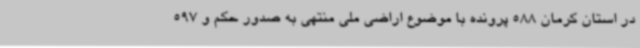
در استان کرمان 588 پرونده با موضوع اراضی ملی منتهی به صدور حکم و 597